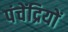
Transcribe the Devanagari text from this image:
पंचेंद्रियों